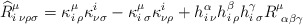
\begin{align*}\widehat{R}^{\mu}_{i\: \nu \rho \sigma}=\kappa^{\mu}_{i\: \rho}\kappa^{i}_{\nu \sigma}-\kappa^{\mu}_{i\: \sigma}\kappa^{i}_{\nu \rho}+h^{\alpha}_{i\: \nu}h^{\beta}_{i\: \rho}h^{\gamma}_{i\: \sigma}R^{\mu}_{\:\: \alpha \beta \gamma}\end{align*}